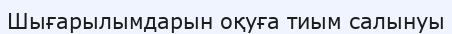
Шығарылымдарын оқуға тиым салынуы